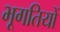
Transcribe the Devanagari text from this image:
भूगतियों